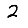
Digit: 2